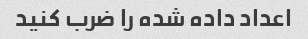
اعداد داده شده را ضرب کنید